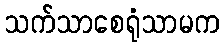
သက်သာစေရုံသာမက